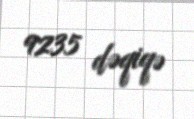
9235 dəqiqə